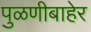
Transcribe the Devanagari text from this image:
पुळणीबाहेर